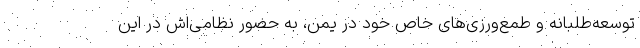
توسعه‌طلبانه و طمع‌ورزی‌های خاص خود در یمن، به حضور نظامی‌اش در این